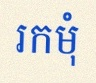
រកមុំ